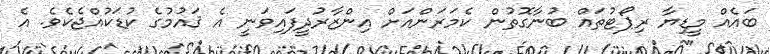
ބައެއް މީޑިޔާ ރިޕޯޓުތައް ބުނާގޮތުން ކެމަރަންއަށް އިންޒާރުދީފައިވަނީ އެ ޤައުމުގެ ކުޑަކުއްޖެކެވެ. އެ